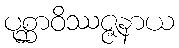
ပုစ္ဆာဝိဿဇ္ဇနာယ